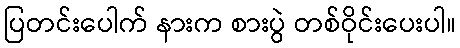
ပြတင်းပေါက် နားက စားပွဲ တစ်ဝိုင်းပေးပါ။